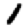
Digit: 1